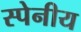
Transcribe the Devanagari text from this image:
स्पेनीय